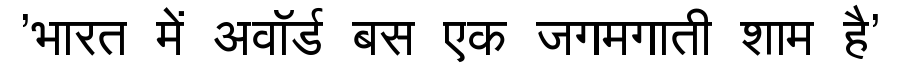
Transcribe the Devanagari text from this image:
'भारत में अवॉर्ड बस एक जगमगाती शाम है'